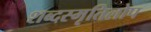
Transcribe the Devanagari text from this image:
शब्दस्मृतिलोप